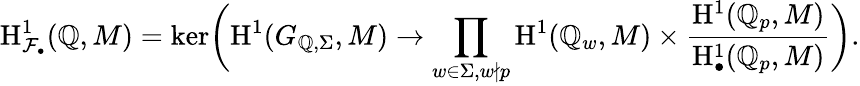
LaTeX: \mathrm{H}_{\mathcal{F}_{\bullet}}^{1}(\mathbb{Q},M)=\ker\biggl(\mathrm{H}^{1}(G_{\mathbb{Q},\Sigma},M)\to\prod_{w\in\Sigma,w\nmid p}\mathrm{H}^{1}(\mathbb{Q}_{w},M)\times\frac{\mathrm{H}^{1}(\mathbb{Q}_{p},M)}{\mathrm{H}_{\bullet}^{1}(\mathbb{Q}_{p},M)}\biggr).